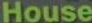
House